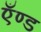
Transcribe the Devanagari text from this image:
एँण्ड